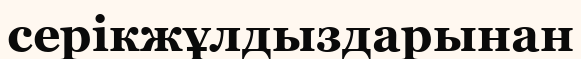
серікжұлдыздарынан